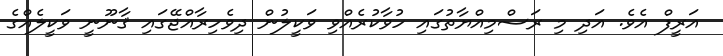
އަރީފް އެވެ. އަދި މި ރަސްމިއްޔާތުގައި ހުވާކުރެއްވި ވަކީލުން ދިވެހިރާއްޖޭގައި ޤާނޫނީ ވަކީލެއްގެ